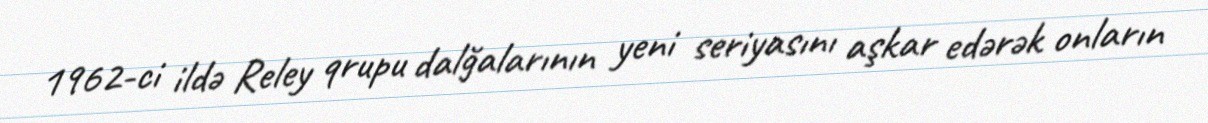
1962-ci ildə Reley qrupu dalğalarının yeni seriyasını aşkar edərək onların